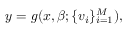
y = g ( x , \beta ; \{ v _ { i } \} _ { i = 1 } ^ { M } ) ,